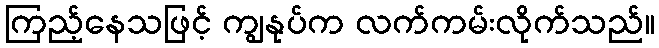
ကြည့်နေသဖြင့် ကျွနုပ်က လက်ကမ်းလိုက်သည်။